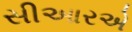
સીઆરએ